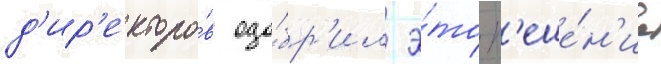
д'ир'екторо́в одо́бр'ил э́то р'еше́н'ие